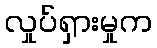
လှုပ်ရှားမှုက